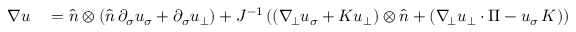
\begin{array} { r l } { \nabla u } & { { } = \widehat { n } \otimes ( \widehat { n } \, \partial _ { \sigma } u _ { \sigma } + \partial _ { \sigma } u _ { \bot } ) + J ^ { - 1 } \left( ( \nabla _ { \! \bot } u _ { \sigma } + K u _ { \bot } ) \otimes \widehat { n } + ( \nabla _ { \! \bot } u _ { \bot } \cdot \Pi - u _ { \sigma } \, K ) \right) . } \end{array}